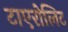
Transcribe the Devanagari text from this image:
टाएरोलिट